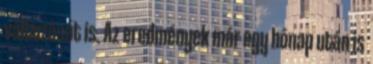
változását is. Az eredmények már egy hónap után is